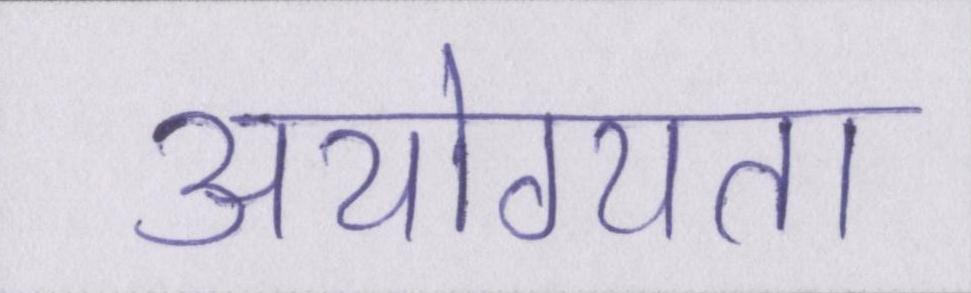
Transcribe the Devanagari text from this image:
अयोग्यता